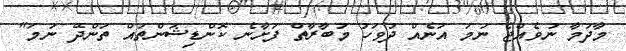
މާދަމާ ނުވެއްޖެ ނަމަ އަނެއް ދުވަހު މުބާރާތް ފަށާނެ ކޮންޑިޝަންތައް ތަންދޭ ނަމަ"